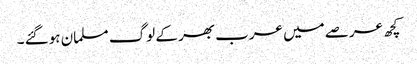
کچھ عرصے میں عرب بھر کے لوگ مسلمان ہوگئے ۔